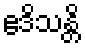
ဧဒိသန္တိ